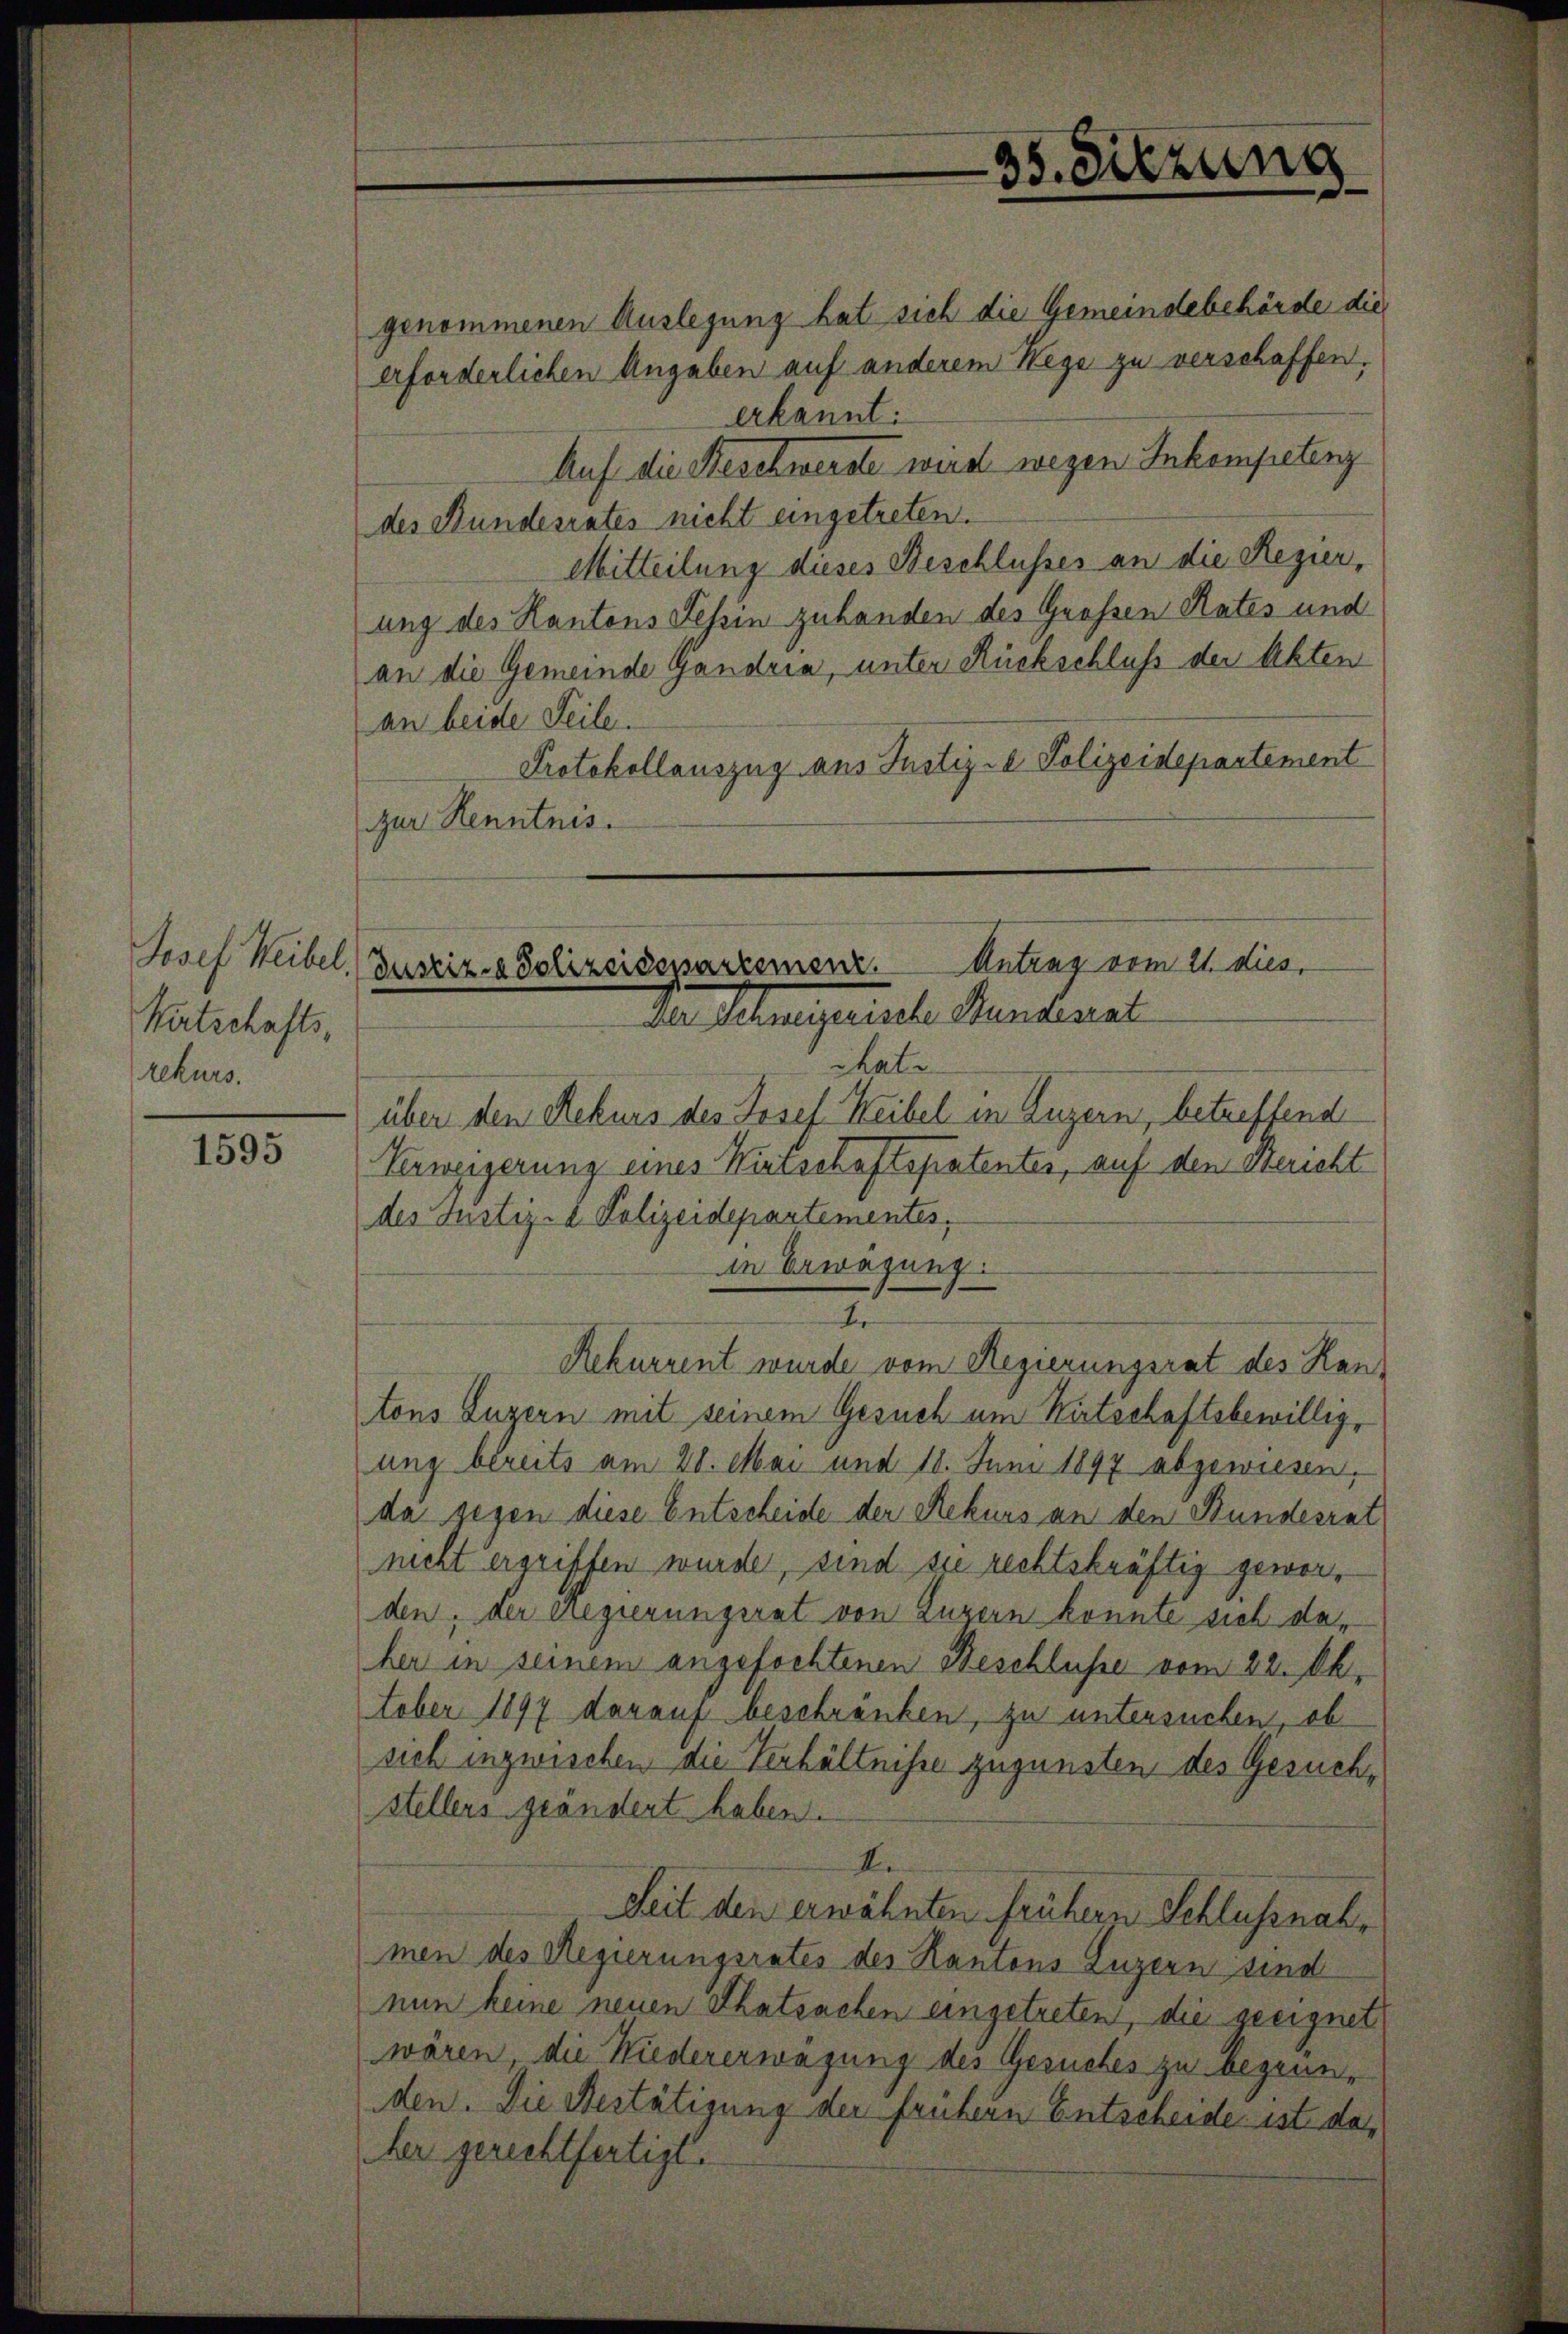
Josef Weibel.
Wirtschafts-
rekurs.

1595

genommenen Auslegung hat sich die Gemeindebehörde die
erforderlichen Angaben auf anderem Wege zu verschaffen.
erkannt:
Auf die Beschwerste wird wegen Inkompetenz
des Bundesrates nicht eingetreten.
Mitteilung dieses Beschlusses an die Regier,
ung des Kantons Tessin zuhanden des Großen Rates und
an die Gemeinde Gandria, unter Rückschluß der Akten
an beide Seile.
Protokollauszug aus Justiz- & Polizeidepartement
zur Kenntnis.

35. Sitzung

Antrag vom 21. dies
Justiz & Polizeidensartement.
der Mengereiche Handeral

chatz
über den Rekurs des Josef Weibel in Luzern, betreffend
Verweigerung eines Wirtschaftspatentes, auf den Seucht
des Justiz- & Polizeidepartementes,
in Erwägung.
tons Luzern mit seinem Gesuch um Wirtschaftsbewillig,
ung bereits am 20. Mai und 18. Juni 1897 abgewiesen,
da gegen diese Entscheide der Rekurs an den Bundesrat
nicht ergriffen wurde, sind sie rechtskräftig geworden, der Regierungsrat von Luzern konnte sich daher in seinem angefochtenen Beschlusse vom 22. Ok-
tober 1897 darauf beschränken, zu untersuchen, ob
sich inzwischen die Verhältnisse zugunsten des Gesuchstellers geändert haben.
I.
Seit den erwähnten frühern Schlussnahmen des Regierungsrates des Kantons Luzern sind
nun keine neuen Thatsachen eingetreten, die geeignet
wären, die Wiedererwägung des Gesuches zu begründen. Die Bestätigung der frühern Entscheide ist daher gerechtfertigt.

.

Rekurrent wurde vom Regierungsrat des Han¬